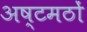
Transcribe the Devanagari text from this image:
अष्टमठों